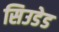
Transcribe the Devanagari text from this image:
सिउडेड